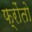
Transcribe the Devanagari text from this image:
फ्रोंतो